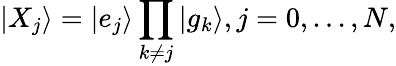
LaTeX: |X_{j}\rangle=|e_{j}\rangle\prod_{k\neq j}|g_{k}\rangle,j=0,...,N,